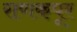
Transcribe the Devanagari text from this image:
राणकपूर